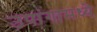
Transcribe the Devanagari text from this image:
उपांगामध्ये